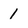
Character: 1